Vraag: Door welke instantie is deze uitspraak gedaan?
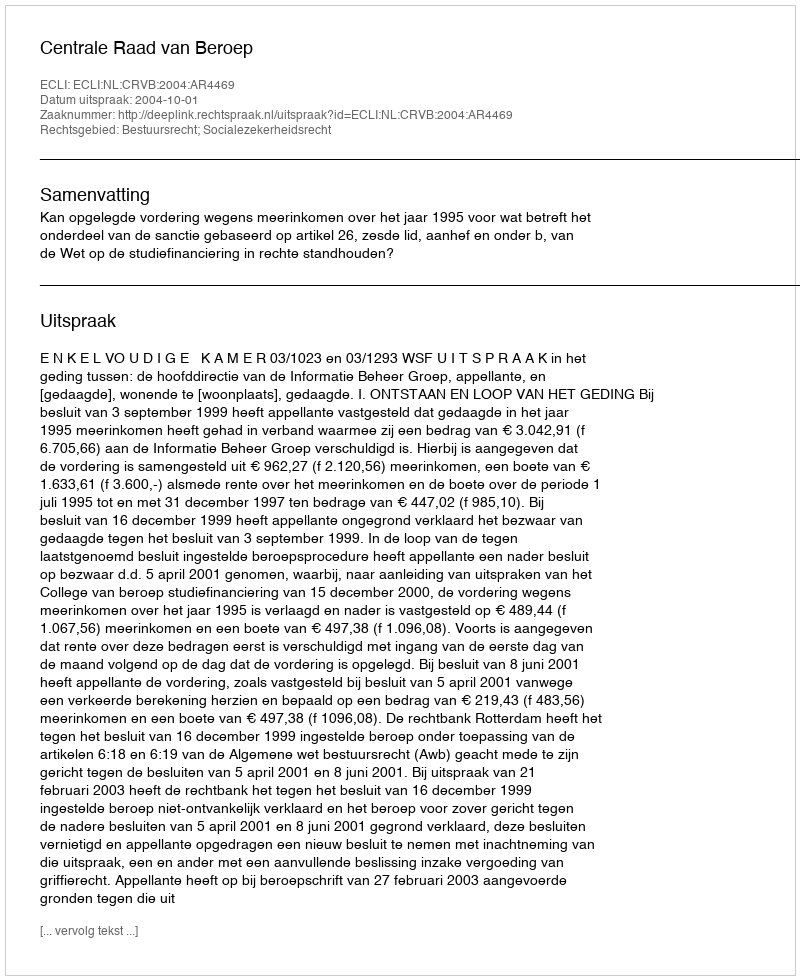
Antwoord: Centrale Raad van Beroep